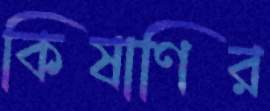
কিষাণির